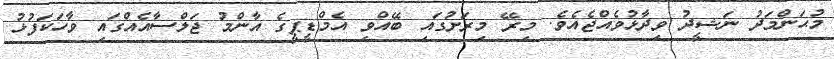
މުޙަންމަދު ނަޝީދު ވިދާޅުވެއްޖެއެވެ. މިރޭ މިރަށުގައި ބޭއްވި އެމްޑީޕީގެ އާންމު ޖަލްސާއެއްގައި ވާހަކަފުޅު